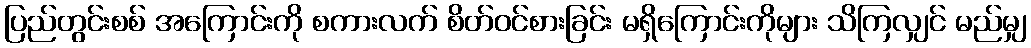
ပြည်တွင်းစစ် အကြောင်းကို စကားလက် စိတ်ဝင်စားခြင်း မရှိကြောင်းကိုများ သိကြလျှင် မည်မျှ